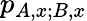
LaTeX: p_{{A,x};{B,x}}